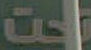
تحت